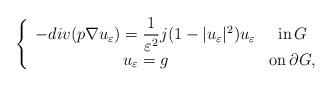
LaTeX: \begin{align*}\left\{ \begin{array}{cc} -div(p\nabla u_{\varepsilon})=\dfrac{1}{\varepsilon^{2}}j(1-|u_{\varepsilon}|^{2})u_{\varepsilon} & $in$\, G \\ u_{\varepsilon}=g & $on$\, \partial G, \\ \end{array} \right.\end{align*}